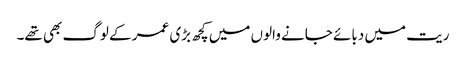
ریت میں دبائے جانے والوں میں کچھ بڑی عمر کے لوگ بھی تھے۔